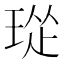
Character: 㻜